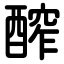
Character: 醡